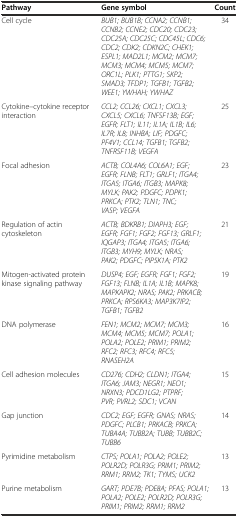
<table><thead><tr><td><b>Pathway</b></td><td><b>Gene symbol</b></td><td><b>Count</b></td></tr></thead><tbody><tr><td>Cell cycle</td><td><i>BUB1; BUB1B; CCNA2; CCNB1; CCNB2; CCNE2; CDC20; CDC23; CDC25A; CDC25C; CDC45L; CDC6; CDC2; CDK2; CDKN2C; CHEK1; ESPL1; MAD2L1; MCM2; MCM7; MCM3; MCM4; MCM5; MCM7; ORC1L; PLK1; PTTG1; SKP2; SMAD3; TFDP1; TGFB1; TGFB2; WEE1; YWHAH; YWHAZ</i></td><td>34</td></tr><tr><td>Cytokine–cytokine receptor interaction</td><td><i>CCL2; CCL26; CXCL1; CXCL3; CXCL5; CXCL6; TNFSF13B; EGF; EGFR; FLT1; IL11; IL1A; IL1B; IL6; IL7R; IL8; INHBA; LIF; PDGFC; PF4V1; CCL14; TGFB1; TGFB2; TNFRSF11B; VEGFA</i></td><td>25</td></tr><tr><td>Focal adhesion</td><td><i>ACTB; COL4A6; COL6A1; EGF; EGFR; FLNB; FLT1; GRLF1; ITGA4; ITGA5; ITGA6; ITGB3; MAPK8; MYLK; PAK2; PDGFC; PDPK1; PRKCA; PTK2; TLN1; TNC; VASP; VEGFA</i></td><td>23</td></tr><tr><td>Regulation of actin cytoskeleton</td><td><i>ACTB; BDKRB1; DIAPH3; EGF; EGFR; FGF1; FGF2; FGF13; GRLF1; IQGAP3; ITGA4; ITGA5; ITGA6; ITGB3; MYH9; MYLK; NRAS; PAK2; PDGFC; PIP5K1A; PTK2</i></td><td>21</td></tr><tr><td>Mitogen-activated protein kinase signaling pathway</td><td><i>DUSP4; EGF; EGFR; FGF1; FGF2; FGF13; FLNB; IL1A; IL1B; MAPK8; MAPKAPK2; NRAS; PAK2; PRKACB; PRKCA; RPS6KA3; MAP3K7IP2; TGFB1; TGFB2</i></td><td>19</td></tr><tr><td>DNA polymerase</td><td><i>FEN1; MCM2; MCM7; MCM3; MCM4; MCM5; MCM7; POLA1; POLA2; POLE2; PRIM1; PRIM2; RFC2; RFC3; RFC4; RFC5; RNASEH2A</i></td><td>16</td></tr><tr><td>Cell adhesion molecules</td><td><i>CD276; CDH2; CLDN1; ITGA4; ITGA6; JAM3; NEGR1; NEO1; NRXN3; PDCD1LG2; PTPRF; PVR; PVRL2; SDC1; VCAN</i></td><td>15</td></tr><tr><td>Gap junction</td><td><i>CDC2; EGF; EGFR; GNAS; NRAS; PDGFC; PLCB1; PRKACB; PRKCA; TUBA4A; TUBB2A; TUBB; TUBB2C; TUBB6</i></td><td>14</td></tr><tr><td>Pyrimidine metabolism</td><td><i>CTPS; POLA1; POLA2; POLE2; POLR2D; POLR3G; PRIM1; PRIM2; RRM1; RRM2; TK1; TYMS; UCK2</i></td><td>13</td></tr><tr><td>Purine metabolism</td><td><i>GART; PDE7B; PDE8A; PFAS; POLA1; POLA2; POLE2; POLR2D; POLR3G; PRIM1; PRIM2; RRM1; RRM2</i></td><td>13</td></tr></tbody></table>